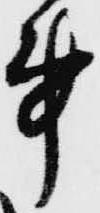
事